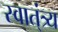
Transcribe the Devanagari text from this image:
स्वात्ंत्र्य